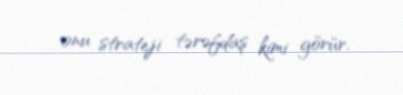
onu strateji tərəfdaş kimi görür.